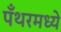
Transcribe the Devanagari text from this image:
पँथरमध्ये